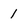
Character: 1